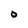
Character: o